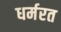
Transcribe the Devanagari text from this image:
धर्मरत